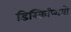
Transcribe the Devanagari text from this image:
डिस्क्रिप्शियो